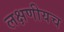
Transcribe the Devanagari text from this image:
लक्षणीयच